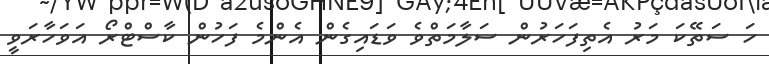
ހަ ސަތޭކަ މަރު އެތިފަހަރުން ސަލާމަތްވެ ވަޑައިގެން އެންމެ ފަހުން ކާސްޓްރޯ އަވަހާރަވީ